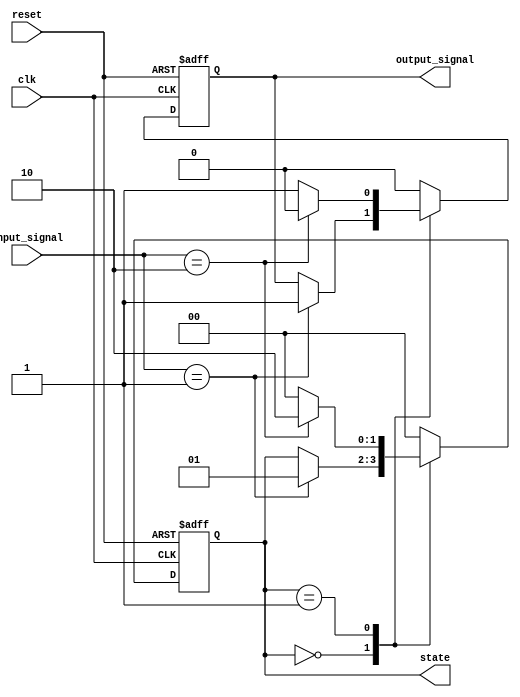
module edge_sensitive_block (
    input wire clk,          // Clock signal
    input wire reset,        // Asynchronous reset signal
    input wire [1:0] input_signal, // Example input signal
    output reg [1:0] state,  // Current state
    output reg output_signal  // Example output signal
);

    // State encoding
    localparam STATE_A = 2'b00;
    localparam STATE_B = 2'b01;
    localparam STATE_C = 2'b10;

    // Initialization
    initial begin
        state = STATE_A;      // Initial state
        output_signal = 0;    // Initial output
    end

    // Always block sensitive to the negative edge of the clock
    always @(negedge clk or posedge reset) begin
        if (reset) begin
            // Reset condition
            state <= STATE_A;  // Reset to initial state
            output_signal <= 0; // Reset output
        end else begin
            // State transition logic
            case (state)
                STATE_A: begin
                    if (input_signal == 2'b01) begin
                        state <= STATE_B; // Transition to STATE_B
                        output_signal <= 1; // Update output
                    end
                end
                STATE_B: begin
                    if (input_signal == 2'b10) begin
                        state <= STATE_C; // Transition to STATE_C
                        output_signal <= 0; // Update output
                    end else begin
                        state <= STATE_A; // Transition back to STATE_A
                        output_signal <= 1; // Update output
                    end
                end
                STATE_C: begin
                    state <= STATE_A; // Transition back to STATE_A
                    output_signal <= 0; // Update output
                end
                default: begin
                    state <= STATE_A; // Default state
                    output_signal <= 0; // Default output
                end
            endcase
        end
    end

endmodule